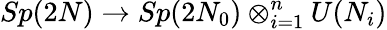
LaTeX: Sp(2N)\to Sp(2N_{0})\otimes_{i=1}^{n}U(N_{i})